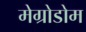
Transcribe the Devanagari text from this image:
मेग्रोडोम